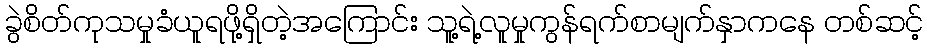
ခွဲစိတ်ကုသမှုခံယူရဖို့ရှိတဲ့အကြောင်း သူ့ရဲ့လူမှုကွန်ရက်စာမျက်နှာကနေ တစ်ဆင့်